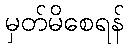
မှတ်မိစေရန်